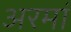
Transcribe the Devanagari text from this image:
अरमां